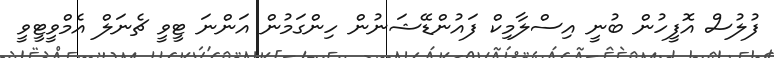
ފުލުސް އޮފީހުން ބުނީ އިސްލާމިކް ފައުންޑޭޝަނުން ހިންގަމުން އަންނަ ޓީވީ ޗެނަލް އެމްވީޓީވީ